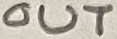
Text: OUT